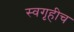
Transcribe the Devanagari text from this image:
स्वगृहीच